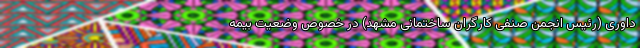
داوری (رئیس انجمن صنفی کارگران ساختمانی مشهد) در خصوص وضعیت بیمه